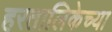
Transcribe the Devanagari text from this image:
हरतालिकेच्या